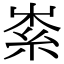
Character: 𥿟